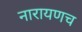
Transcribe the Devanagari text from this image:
नारायणच